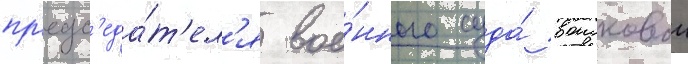
пр'едс'еда́т'ел'я вое́нного суда́ воисковои